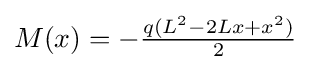
M(x)=-{\tfrac {q(L^{2}-2Lx+x^{2})}{2}}